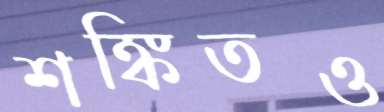
শঙ্কিতও